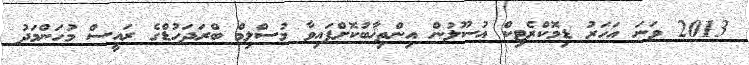
2013 ވަނަ އަހަރު ޑިމޮކްރެޓިކް އުސޫލުން އިންތިޚާބުކޮށްފައިވާ މުސްލިމް ބްރަދަހުޑްގެ ރައީސް މުހަންމަދު